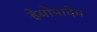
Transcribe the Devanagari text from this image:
हेयोपादेय